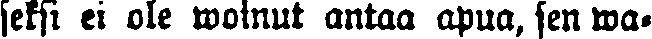
seksi ei ole woinut antaa apua, sen wa-